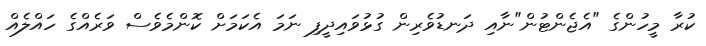
ކުރާ މީހުންގެ "އެޖެންޓުން"ނާއި ދަނޑުވެރިން ގުޅުވައިދީފި ނަމަ އެކަމަށް ކޮންމެވެސް ވަރެއްގެ ހައްލެއް